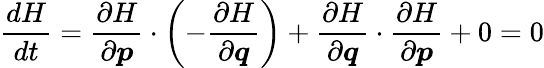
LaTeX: {\frac{dH}{dt}}={\frac{\partial H}{\partial{\boldsymbol{p}}}}\cdot\left(-{\frac{\partial H}{\partial{\boldsymbol{q}}}}\right)+{\frac{\partial H}{\partial{\boldsymbol{q}}}}\cdot{\frac{\partial H}{\partial{\boldsymbol{p}}}}+0=0